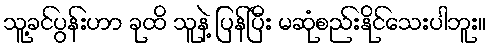
သူ့ခင်ပွန်းဟာ ခုထိ သူနဲ့ ပြန်ပြီး မဆုံစည်းနိုင်သေးပါဘူး။